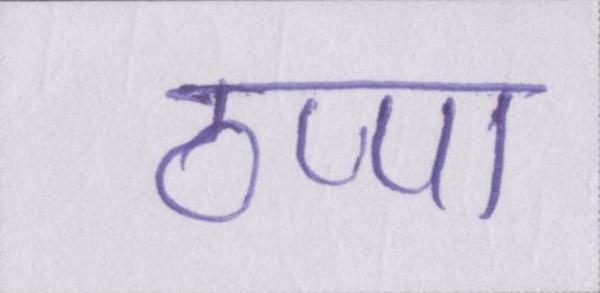
ठप्पा